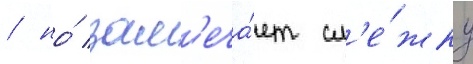
/ но́ зам'еча́ет сл'е́жку